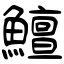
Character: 鱣